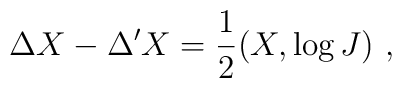
\Delta X-\Delta 'X=\frac{1}{2}(X,\log J)\ ,